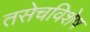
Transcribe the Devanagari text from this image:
तसेचविशेष